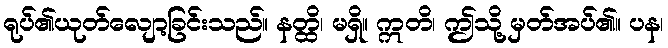
ရုပ်၏ယုတ်လျော့ခြင်းသည်။ နတ္ထိ၊ မရှိ။ ဣတိ၊ ဤသို့ မှတ်အပ်၏။ ပန၊